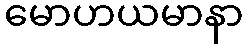
မောဟယမာနာ